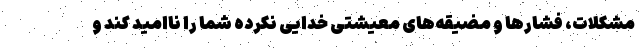
مشکلات، فشار‌ها و مضیقه‌های معیشتی خدایی نکرده شما را ناامید کند و